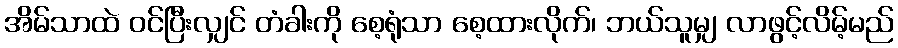
အိမ်သာထဲ ဝင်ပြီးလျှင် တံခါးကို စေ့ရုံသာ စေ့ထားလိုက်၊ ဘယ်သူမျှ လာဖွင့်လိမ့်မည်